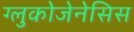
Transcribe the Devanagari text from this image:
ग्लुकोजेनेसिस